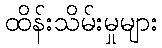
ထိန်းသိမ်းမှုများ